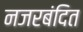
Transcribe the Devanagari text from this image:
नजरबंदित